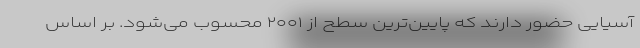
آسیایی حضور دارند که پایین‌ترین سطح از ۲۰۰۱ محسوب می‌شود. بر اساس